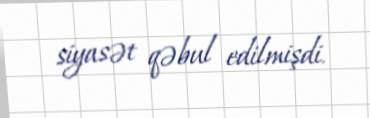
siyasət qəbul edilmişdi.